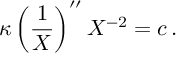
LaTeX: \kappa \left( \frac { 1 } { X } \right) ^ { \prime \prime } X ^ { - 2 } = c \, .